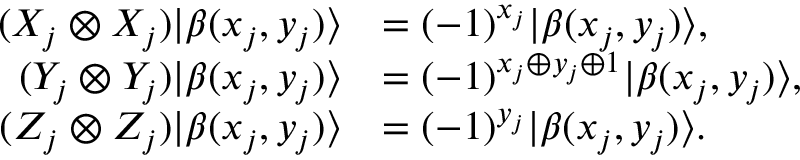
\begin{array} { r l } { ( X _ { j } \otimes X _ { j } ) | \beta ( x _ { j } , y _ { j } ) \rangle } & { = ( - 1 ) ^ { x _ { j } } | \beta ( x _ { j } , y _ { j } ) \rangle , } \\ { ( Y _ { j } \otimes Y _ { j } ) | \beta ( x _ { j } , y _ { j } ) \rangle } & { = ( - 1 ) ^ { x _ { j } \oplus y _ { j } \oplus 1 } | \beta ( x _ { j } , y _ { j } ) \rangle , } \\ { ( Z _ { j } \otimes Z _ { j } ) | \beta ( x _ { j } , y _ { j } ) \rangle } & { = ( - 1 ) ^ { y _ { j } } | \beta ( x _ { j } , y _ { j } ) \rangle . } \end{array}